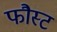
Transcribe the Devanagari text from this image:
फौस्ट